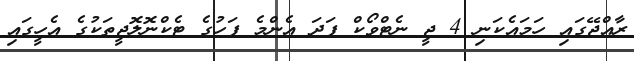
ރާއްޖޭގައި ހަމައެކަނި 4 ޖީ ނެޓްވޯކް ފަދަ އެންމެ ފަހުގެ ޓެކްނޮލޮޖީތަކުގެ އެހީގައި